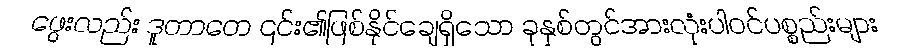
ဖွေးလည်း ဒူတာတေ ၎င်း၏ဖြစ်နိုင်ချေရှိသော ခုနှစ်တွင်အားလုံးပါဝင်ပစ္စည်းများ